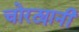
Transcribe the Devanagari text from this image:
चोरट्यानी